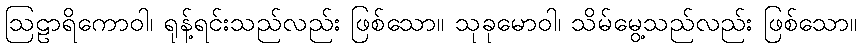
ဩဠာရိကောဝါ၊ ရုန့်ရင်းသည်လည်း ဖြစ်သော။ သုခုမောဝါ၊ သိမ်မွေ့သည်လည်း ဖြစ်သော။